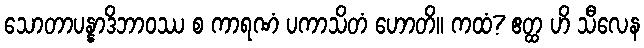
သောတာပန္နာဒိဘာဝဿ စ ကာရဏံ ပကာသိတံ ဟောတိ။ ကထံ? ဧတ္ထ ဟိ သီလေန